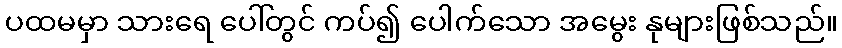
ပထမမှာ သားရေ ပေါ်တွင် ကပ်၍ ပေါက်သော အမွေး နုများဖြစ်သည်။